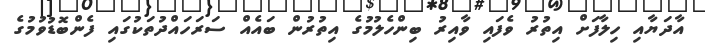
އާދަޔާއި ހިލާފަށް އިތުރު ވެފައި ވާއިރު ބިންހެލުމުގެ އިތުރުން ބައެއް ސަރަހައްދުތަކުގައި ފެންބޮޑުވުމުގެ